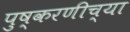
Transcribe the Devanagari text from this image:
पुष्करणीच्या